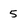
Character: 5